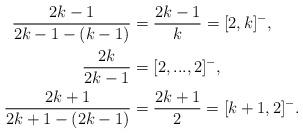
LaTeX: \begin{align*} \frac {2k-1} {2k-1 - (k-1)} &= \frac{2k-1} {k} = [2,k]^- , \\ \frac {2k} {2k-1} &= [2,...,2]^- ,\\ \frac {2k+1} {2k+1-(2k-1)} &= \frac {2k+1} {2} = [k+1,2]^- .\end{align*}